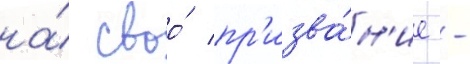
на́ своо́ пр'изва́н'ие -